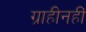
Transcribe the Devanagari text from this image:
ग्राहीनहीं